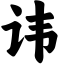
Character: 讳